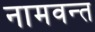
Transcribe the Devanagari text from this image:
नामवन्त